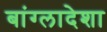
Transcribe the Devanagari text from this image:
बांग्लादेशा